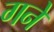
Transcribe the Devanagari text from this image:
गने